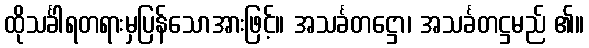
ထိုသင်္ခါရတရားမှပြန်သောအားဖြင့်။ အသင်္ခတဋ္ဌော၊ အသင်္ခတဋ္ဌမည် ၏။